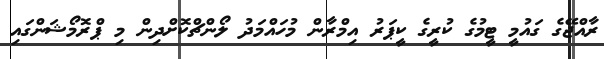
ރާއްޖޭގެ ގައުމީ ޓީމުގެ ކުރީގެ ކީޕަރު އިމްރާން މުހައްމަދު ލޯންޗްކޮށްދިން މި ޕްރޮމޯޝަންގައި